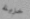
خزينة